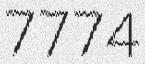
7774